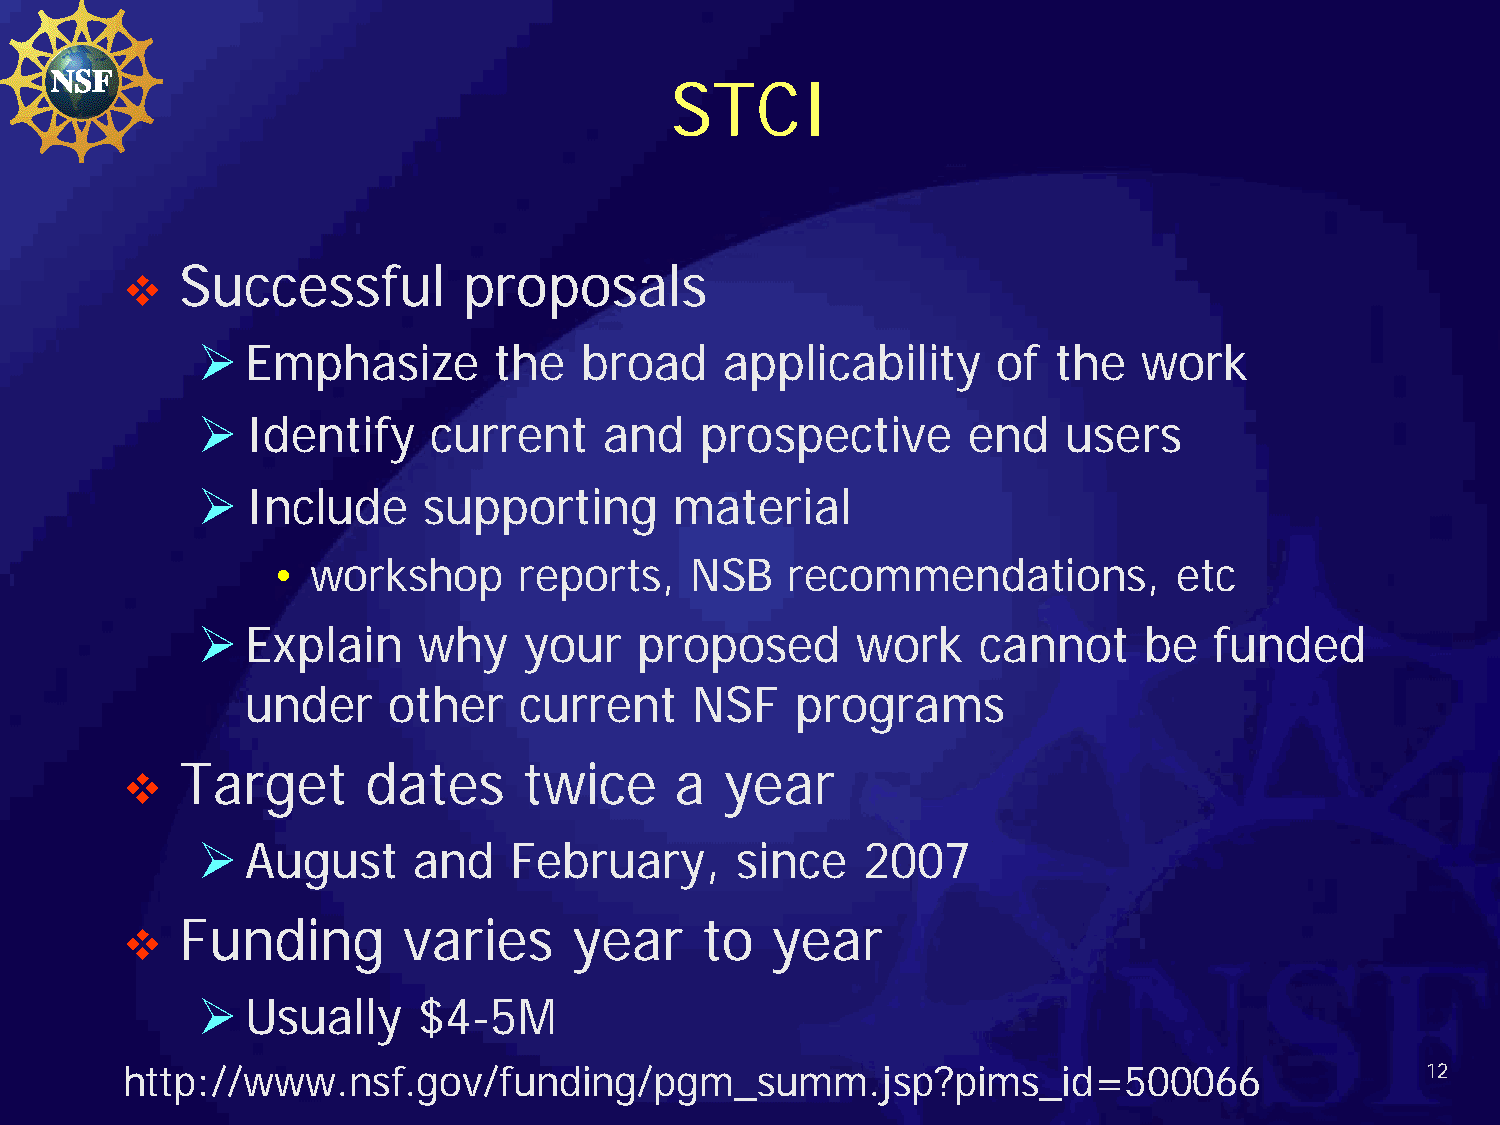
STCI
 Successful         proposals
 
   Emphasize        the  broad     applicability     of  the   work
   Identify    current     and   prospective       end    users
   Include     supporting       material
 •  workshop     reports,    NSB   recommendations,          etc
   Explain     why    your   proposed       work    cannot     be  funded
 under     other   current     NSF    programs
 Target      dates      twice     a  year
 
   August     and    February,      since   2007
 Funding        varies     year     to  year
 
   Usually     $4-5M
 http://www.nsf.gov/funding/pgm_summ.jsp?pims_id=500066                                12